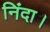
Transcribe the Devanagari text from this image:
निंदा।